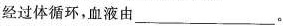
经过体循环，血液由___。